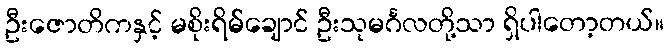
ဦးဇောတိကနှင့် မစိုးရိမ်ချောင် ဦးသုမင်္ဂလတို့သာ ရှိပါတော့တယ်။